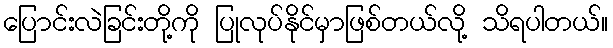
ပြောင်းလဲခြင်းတို့ကို ပြုလုပ်နိုင်မှာဖြစ်တယ်လို့ သိရပါတယ်။